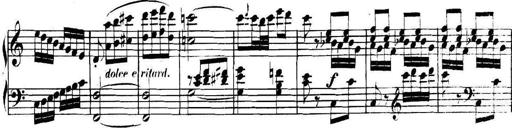
Title: Collected Piano Sonatas
Composer: Muzio Clementi